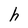
Character: h